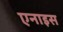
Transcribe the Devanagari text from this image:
एनाइस